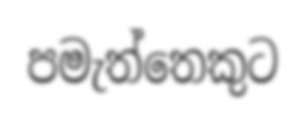
පමැත්තෙකුට